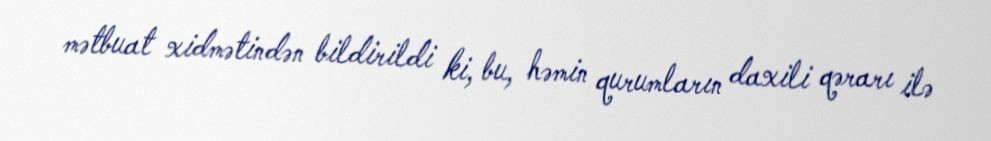
mətbuat xidmətindən bildirildi ki, bu, həmin qurumların daxili qərarı ilə